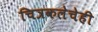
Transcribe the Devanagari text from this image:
चित्रकलेचेही